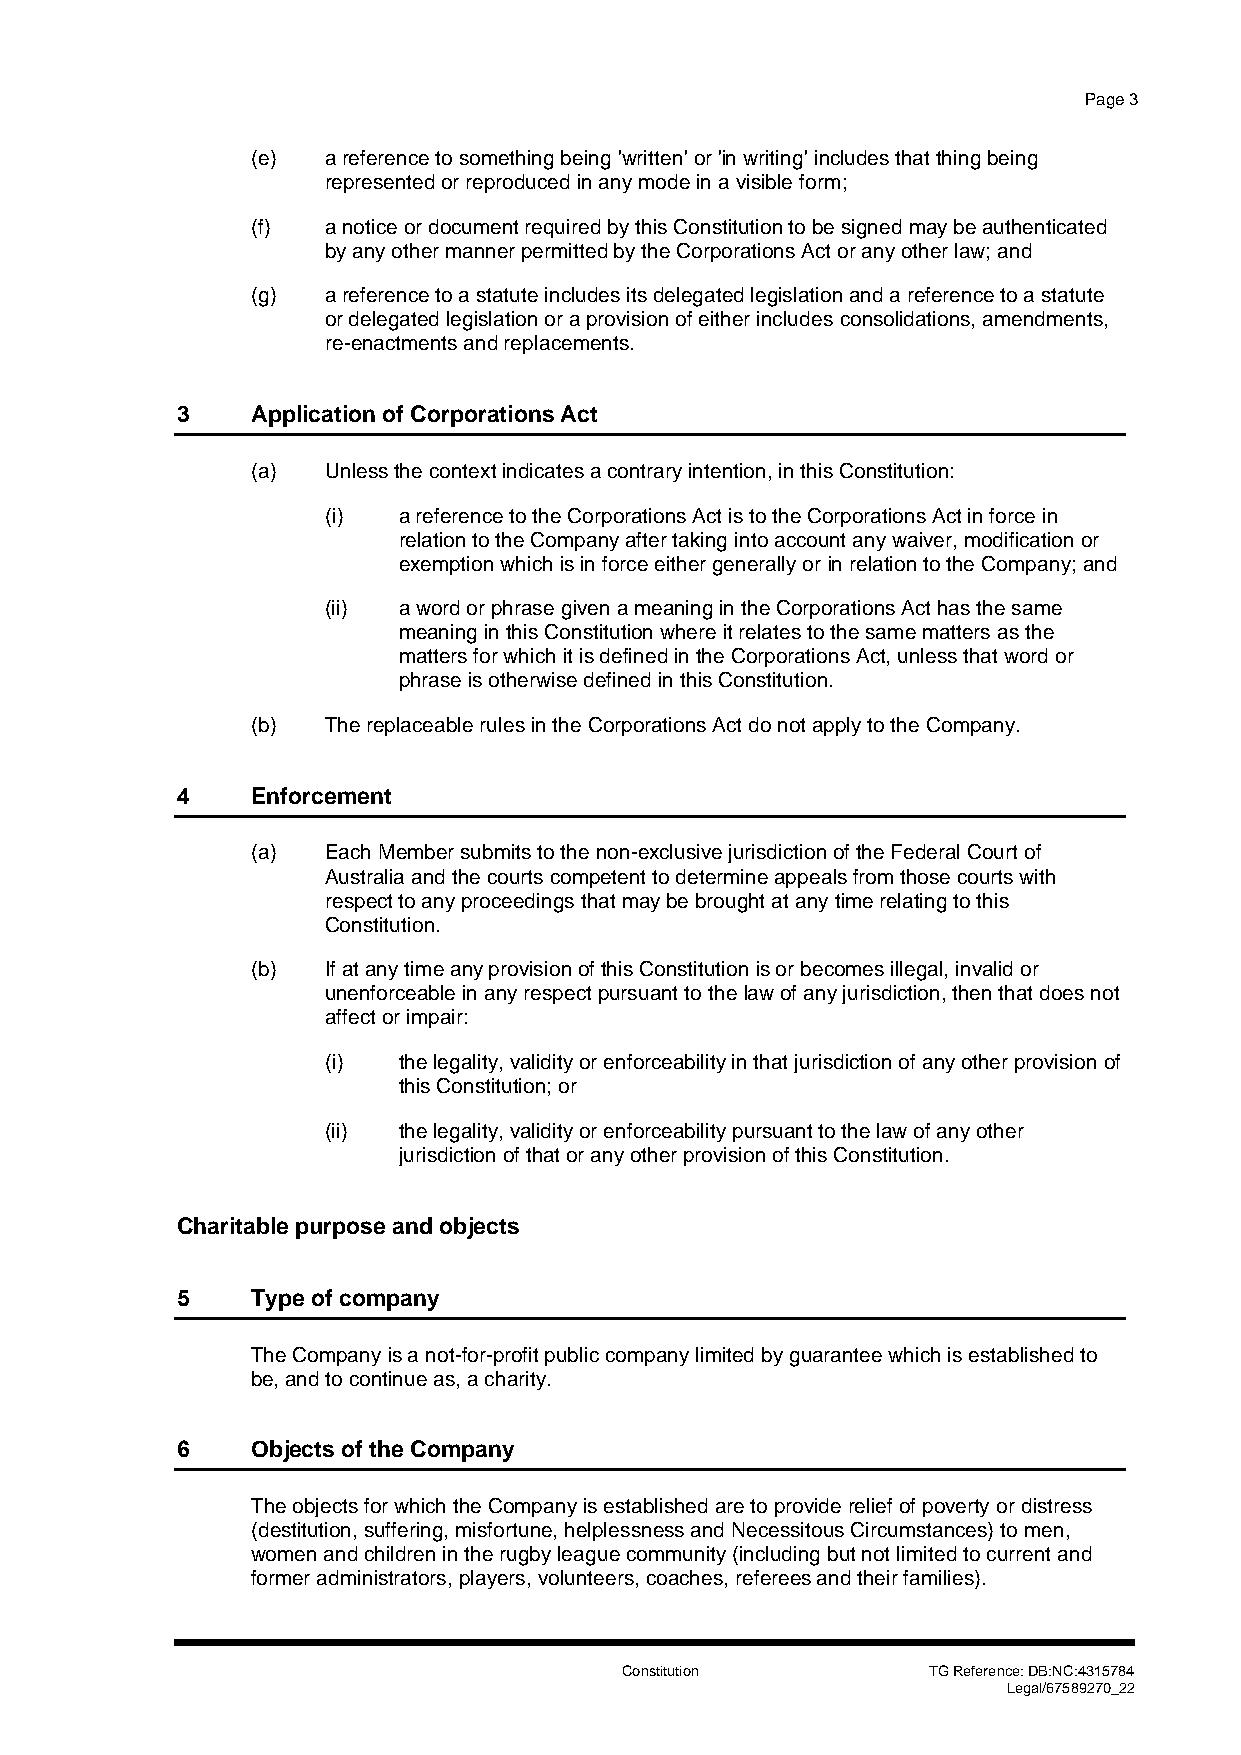
Page 3
 (e)  a reference to something being 'written' or 'in writing' includes that thing being
 represented or reproduced in any mode in a visible form;
 (f)  a notice or document required by this Constitution to be signed may be authenticated
 by any other manner permitted by the Corporations Act or any other law; and
 (g)  a reference to a statute includes its delegated legislation and a reference to a statute
 or delegated legislation or a provision of either includes consolidations, amendments,
 re-enactments and replacements.
 3    Application of Corporations Act
 (a)  Unless the context indicates a contrary intention, in this Constitution:
 (i) a reference to the Corporations Act is to the Corporations Act in force in
 relation to the Company after taking into account any waiver, modification or
 exemption which is in force either generally or in relation to the Company; and
 (ii) a word or phrase given a meaning in the Corporations Act has the same
 meaning in this Constitution where it relates to the same matters as the
 matters for which it is defined in the Corporations Act, unless that word or
 phrase is otherwise defined in this Constitution.
 (b)  The replaceable rules in the Corporations Act do not apply to the Company.
 4    Enforcement
 (a)  Each Member submits to the non-exclusive jurisdiction of the Federal Court of
 Australia and the courts competent to determine appeals from those courts with
 respect to any proceedings that may be brought at any time relating to this
 Constitution.
 (b)  If at any time any provision of this Constitution is or becomes illegal, invalid or
 unenforceable in any respect pursuant to the law of any jurisdiction, then that does not
 affect or impair:
 (i) the legality, validity or enforceability in that jurisdiction of any other provision of
 this Constitution; or
 (ii) the legality, validity or enforceability pursuant to the law of any other
 jurisdiction of that or any other provision of this Constitution.
 Charitable purpose and objects
 5    Type of company
 The Company is a not-for-profit public company limited by guarantee which is established to
 be, and to continue as, a charity.
 6    Objects of the Company
 The objects for which the Company is established are to provide relief of poverty or distress
 (destitution, suffering, misfortune, helplessness and Necessitous Circumstances) to men,
 women and children in the rugby league community (including but not limited to current and
 former administrators, players, volunteers, coaches, referees and their families).
 Constitution        TG Reference: DB:NC:4315784
 Legal/67589270_22